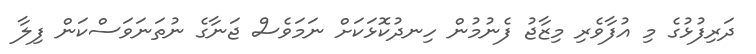
ދަރިފުޅުގެ މި އުފާވެރި މިޒާޖު ފެނުމުން ހިނދުކޮޅަކަށް ނަމަވެސް ޖަނާގެ ނުތަނަވަސްކަން ފިލާ